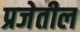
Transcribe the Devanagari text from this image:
प्रजेतील